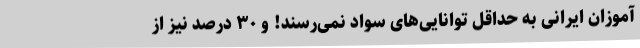
آموزان ایرانی به حداقل توانایی‌های سواد نمی‌رسند! و ۳۰ درصد نیز از